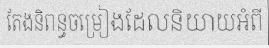
តែងនិពន្ធចម្រៀងដែលនិយាយអំពី